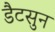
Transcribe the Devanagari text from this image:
डैटसुन